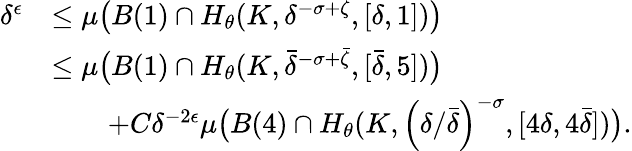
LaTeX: \begin{array}{rl}{\delta^{\epsilon}}&{\leq\mu\big(B(1)\cap H_{\theta}(K,\delta^{-\sigma+\zeta},[\delta,1])\big)}\\ &{\leq\mu\big(B(1)\cap H_{\theta}(K,\bar{\delta}^{-\sigma+\bar{\zeta}},[\bar{\delta},5])\big)}\\ &{\qquad+C\delta^{-2\epsilon}\mu\big(B(4)\cap H_{\theta}(K,\left(\delta/\bar{\delta}\right)^{-\sigma},[4\delta,4\bar{\delta}])\big).}\end{array}